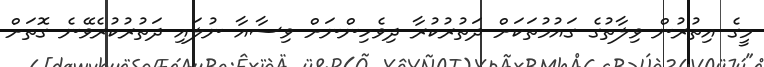
މީގެ އިތުރުން ވިލާތުގެ ގައުމުތަކަށް ދަތުރުކުރާ ދިވެހިންނަށް ވިސާއާ ނުލައި ދަތުރުކުރެވޭނެ ގޮތަށް